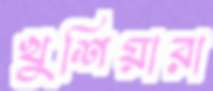
খুশিয়ারা